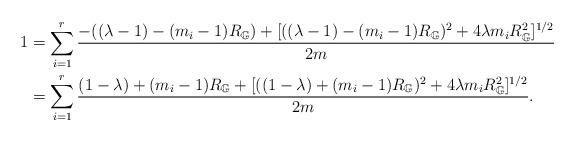
LaTeX: \begin{align*} 1 &= \sum_{i=1}^r\frac{-((\lambda-1) - (m_i-1)R_\mathbb{G}) +[ ( (\lambda-1) - (m_i-1) R_\mathbb{G} )^2 + 4\lambda m_iR_\mathbb{G}^2]^{1/2}}{2m} \\&=\sum_{i=1}^r\frac{(1-\lambda)+ (m_i-1) R_\mathbb{G} +[((1-\lambda) + (m_i-1) R_\mathbb{G})^2 + 4\lambda m_iR_\mathbb{G}^2]^{1/2}}{2m}. \end{align*}